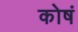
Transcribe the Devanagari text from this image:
कोषं